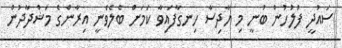
ސައުދީ ފުލުހުން ބުނީ މި ހާދިސާ ހިނގާފައިވާ ކަމަށް ބެލެވެނީ އިރާންގެ މަޝްދާދުން